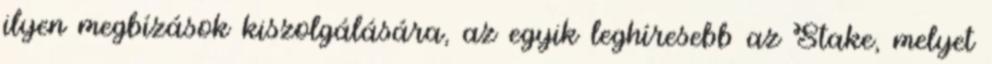
ilyen megbízások kiszolgálására, az egyik leghíresebb az Stake, melyet